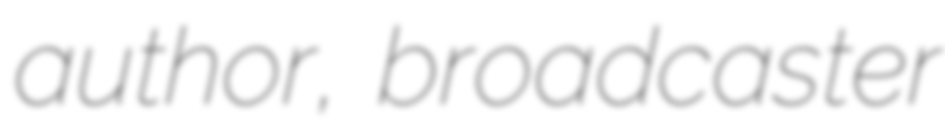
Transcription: author, broadcaster